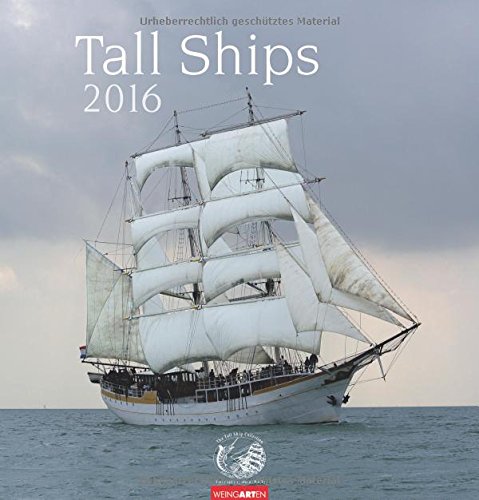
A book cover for Tall Ships 2016; Calendars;